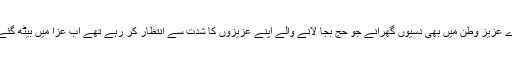
ہمارے عزیز وطن میں بھی دسیوں گھرانے جو حج بجا لانے والے اپنے عزیزوں کا شدت سے انتظار کر رہے تھے اب عزا میں بیٹھ گئے ہیں۔